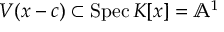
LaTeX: V ( x - c ) \subset \operatorname { S p e c } K [ x ] = \mathbb { A } ^ { 1 }